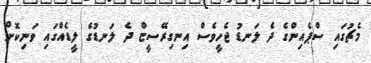
މެޗުގައި ސްޕެއިންގެ ދެ ލަނޑު ޖެހީވެސް އިނގިރޭސީޏް ދެ ލަނޑުގެ ލީޑެއްގައި ވަނިކޮށް